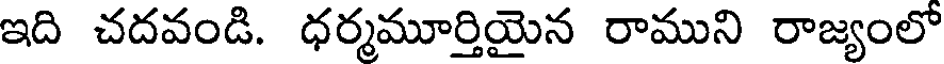
ఇది చదవండి. ధర్మమూర్తియైన రాముని రాజ్యంలో